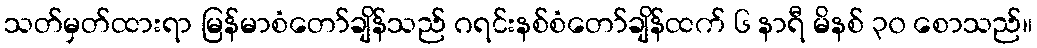
သတ်မှတ်ထားရာ မြန်မာစံတော်ချိန်သည် ဂရင်းနစ်စံတော်ချိန်ထက် ၆ နာရီ မိနစ် ၃၀ စောသည်။